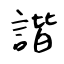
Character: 諧